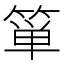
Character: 箪